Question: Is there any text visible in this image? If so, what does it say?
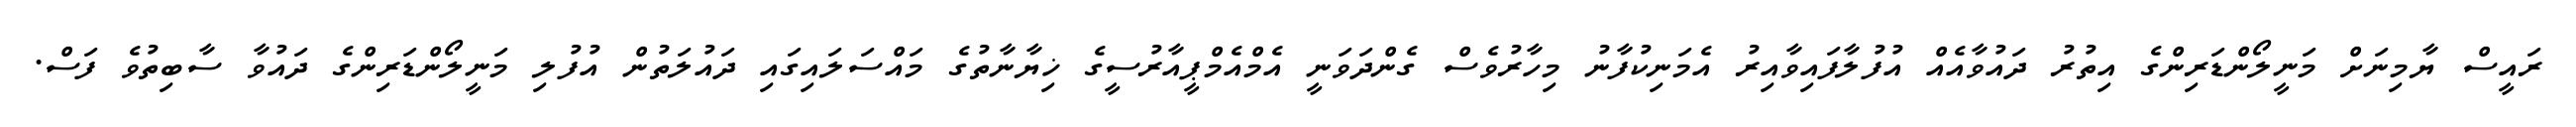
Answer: ރައީސް ޔާމިނަށް މަނީލޯންޑަރިންގެ އިތުރު ދައުވާއެއް އުފުލާފައިވާއިރު އެމަނިކުފާނު މިހާރުވެސް ގެންދަވަނީ އެމްއެމްޕީއާރުސީގެ ޚިޔާނާތުގެ މައްސަލައިގައި ދައުލަތުން އުފުލި މަނީލޯންޑަރިންގެ ދައުވާ ސާބިތުވެ ފަސް.